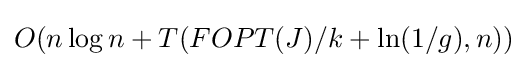
O(n\log n+T(FOPT(J)/k+\ln(1/g),n))